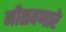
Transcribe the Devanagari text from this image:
मीळवणारे